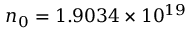
n _ { 0 } = 1 . 9 0 3 4 \times 1 0 ^ { 1 9 }